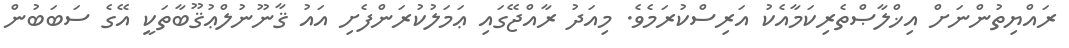
ރައްޔިތުންނަށް އިޚްލާޞްތެރިކަމާއެކު އަރިސްކުރަމެވެ. މިއަދު ރާއްޖޭގައި ޢަމަލުކުރަންފެށި އައު ޤާނޫނުލްޢުޤޫބާތަކީ އޭގެ ސަބަބުން